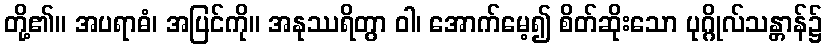
တို့၏။ အပရာဓံ၊ အပြင်ကို။ အနုဿရိတွာ ဝါ၊ အောက်မေ့၍ စိတ်ဆိုးသော ပုဂ္ဂိုလ်သန္တာန်၌